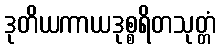
ဒုတိယကာယဒုစ္စရိတသုတ္တံ